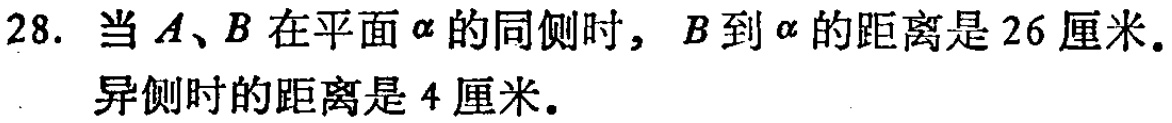
28. 当\(A、B\)在平面\(\alpha\)的同侧时，\(B\)到\(\alpha\)的距离是\(26\)厘米。
异侧时的距离是\(4\)厘米。